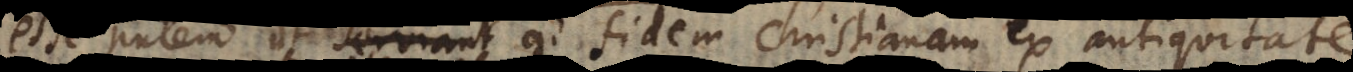
esse putem, ut serviant ad fidem Christianam ex antiquitate